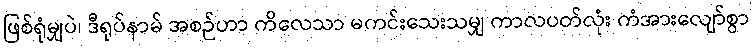
ဖြစ်ရုံမျှပဲ၊ ဒီရုပ်နာမ် အစဉ်ဟာ ကိလေသာ မကင်းသေးသမျှ ကာလပတ်လုံး ကံအားလျော်စွာ